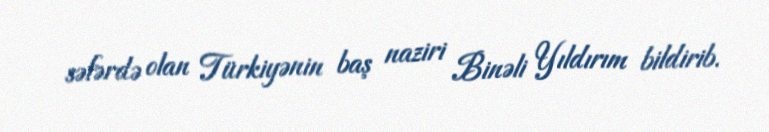
səfərdə olan Türkiyənin baş naziri Binəli Yıldırım bildirib.